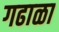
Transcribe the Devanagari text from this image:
गढाळा